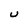
Character: U